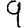
Digit: 9